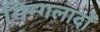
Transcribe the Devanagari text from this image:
मिन्गलादों